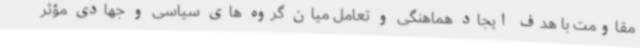
مقاومت با هدف ایجاد هماهنگی و تعامل میان گروه های سیاسی و جهادی مؤثر